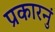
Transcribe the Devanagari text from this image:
प्रकारनुं